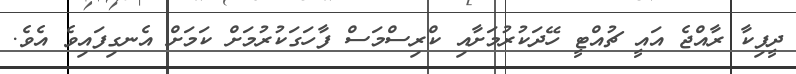
ދީޕިކާ ރާއްޖެ އައީ ޗުއްޓީ ހޭދަކުރުމަށާއި ކްރިސްމަސް ފާހަގަކުރުމަށް ކަމަށް އެނގިފައިވެ އެވެ.